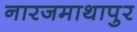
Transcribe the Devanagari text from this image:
नारजमाथापुर